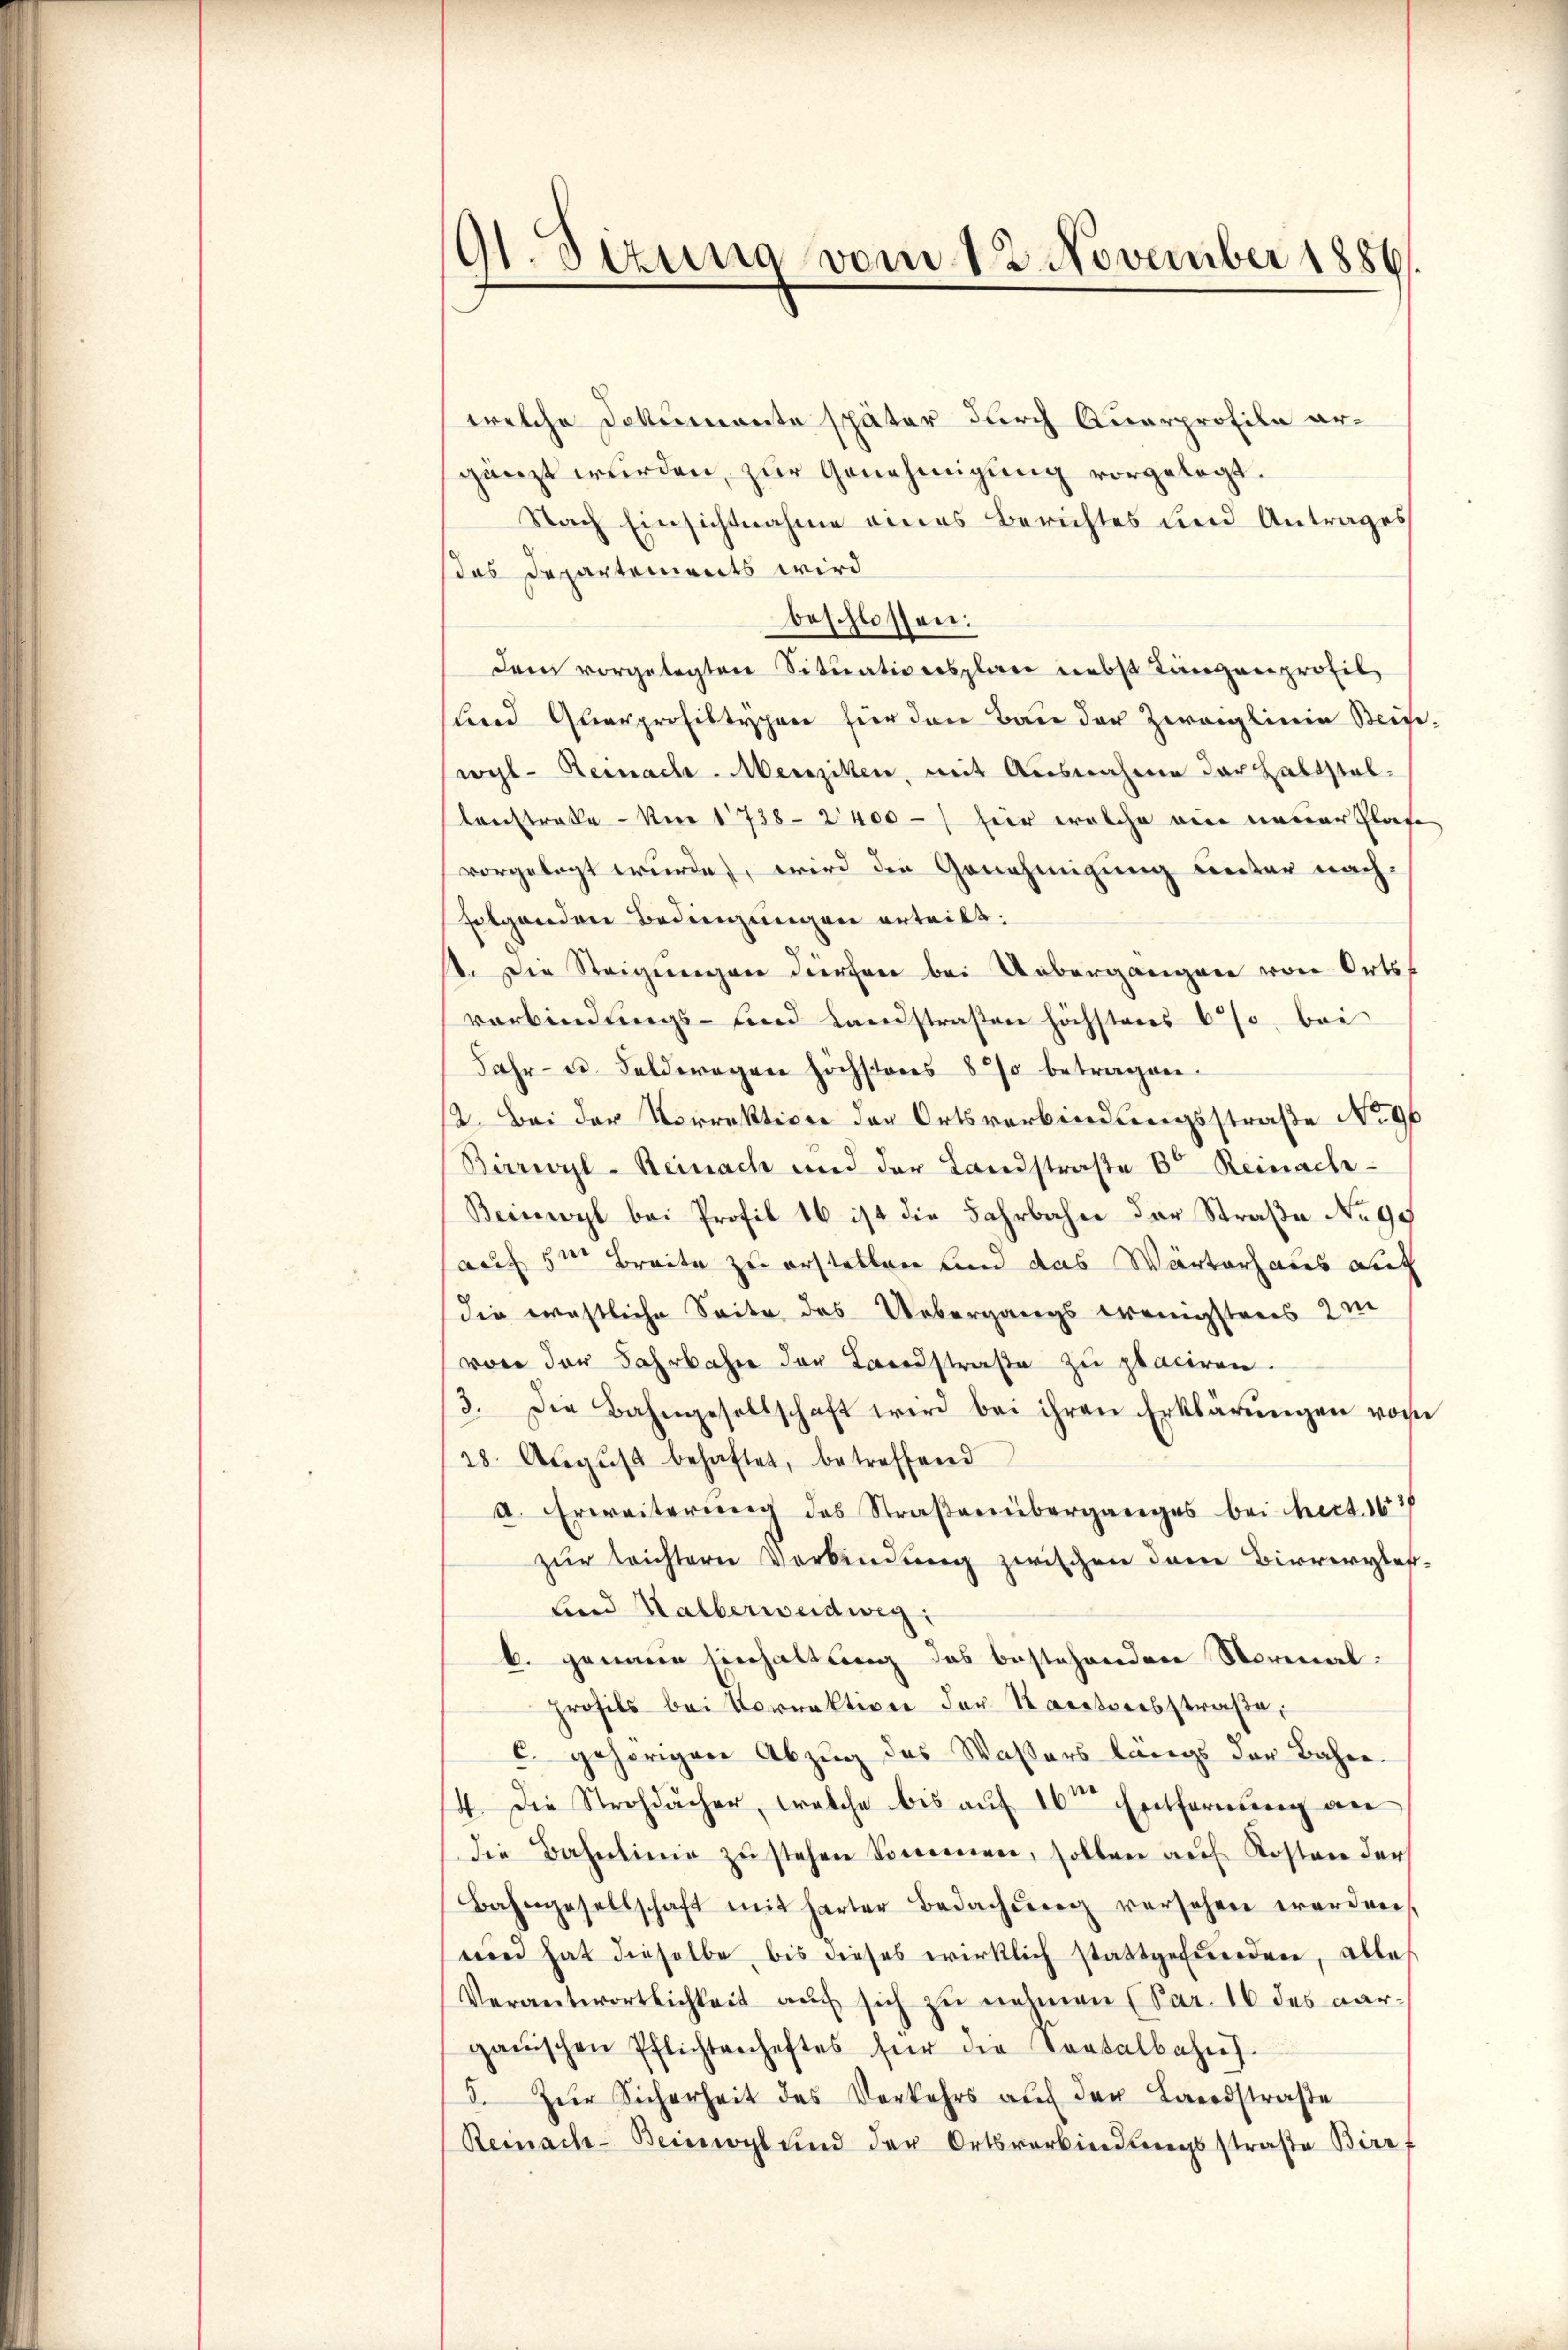
191. Sizung vom 12. November 1886.

welche Dokumente später durch Querprofile ergänzt wurden, zur Genehmigung vorgelegt.
Nach Einsichtnahme eines Berichtes und Antrages
das Departements wird
beschlossen:
dem vorgelegten Situationsplane nebst Längenprofil
sund Quarprofiltypen für den Bau der Zweiglinie Beisewyl-Remnach-Menziken, mit Ausnahme der Habtstal¬
Constrafe - Am 1738- 2400-/ hier welche ein neuer Glase
vorgelegt wurde, wird die Genehmigung unter nach-
folgenden Bedingungen erteilt.
st. Die Steigungen dürfen bei Uebergangen von Ortsf
verbindungs- und Landstraßen höchstens 6 % bei
Jahr- u. Felderogen höchstens 8 % betragen.
2. Bei der Vorrektione der Ortsverbindungsstraße No 96
Birrwyl-Reinach und der Landstraße 8t Reinach-
Beinwyl bei Profil 16 ist die Fahrbahn der Straße No 90
auf der Breite zu erstellen und das Warterhaus auf
die westliche Seite des Uebergangs wenigstens 2 m
von der Jahrbahne der Landstraße zu placiren.
3. Die Bahngesellschaft wird bei ihren Erklärŭngen von
28. Aŭgŭst behaftet, betreffend
a. Erweiterŭng des Straβenüberganges bei hect. 167
zŭr teichtern Verbindung zwischen dem Birreryberlind Halberweidweg:
b. genaue Einhaltung des bestehenden Normalprofils bei Vorrektiven der Kantonesstraße,
c. gehörigen Abzŭg des Wassers längs der Bahne
4. Die Strohdächer, welche bis auf 16ten Entfernung an
die Bahnlinie zu stehen Sommen, sollen auf Kosten der
Bahngesellschaft mit harter Bedachŭng versehen erorden,
wird hat dieselbe, bis dieses wirklich stattgefunden, alles
Verantwortlichkeit auf sich zu nehmen (Par. 16 des aarganischen Pflichtenhaftes für die Sontalbahres
5. Zŭr Sicherheit des Verkehrs aŭf der Landstraβe
Remache-Beiwogl und der Ortsverbindungsstrafe Birrf